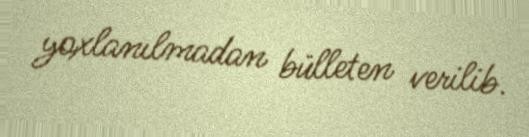
yoxlanılmadan bülleten verilib.